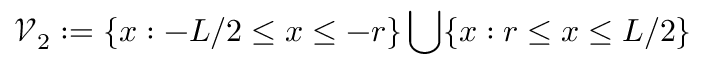
\mathcal { V } _ { 2 } : = \{ x : - L / 2 \leq x \leq - r \} \bigcup \{ x : r \leq x \leq L / 2 \}